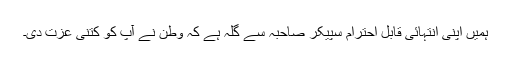
ہمیں اپنی انتہائی قابل احترام سپیکر صاحبہ سے گلہ ہے کہ وطن نے آپ کو کتنی عزت دی۔